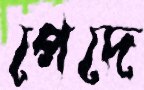
পেদে